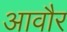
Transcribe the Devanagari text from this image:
आवौर